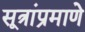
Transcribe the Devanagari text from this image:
सूत्रांप्रमाणे